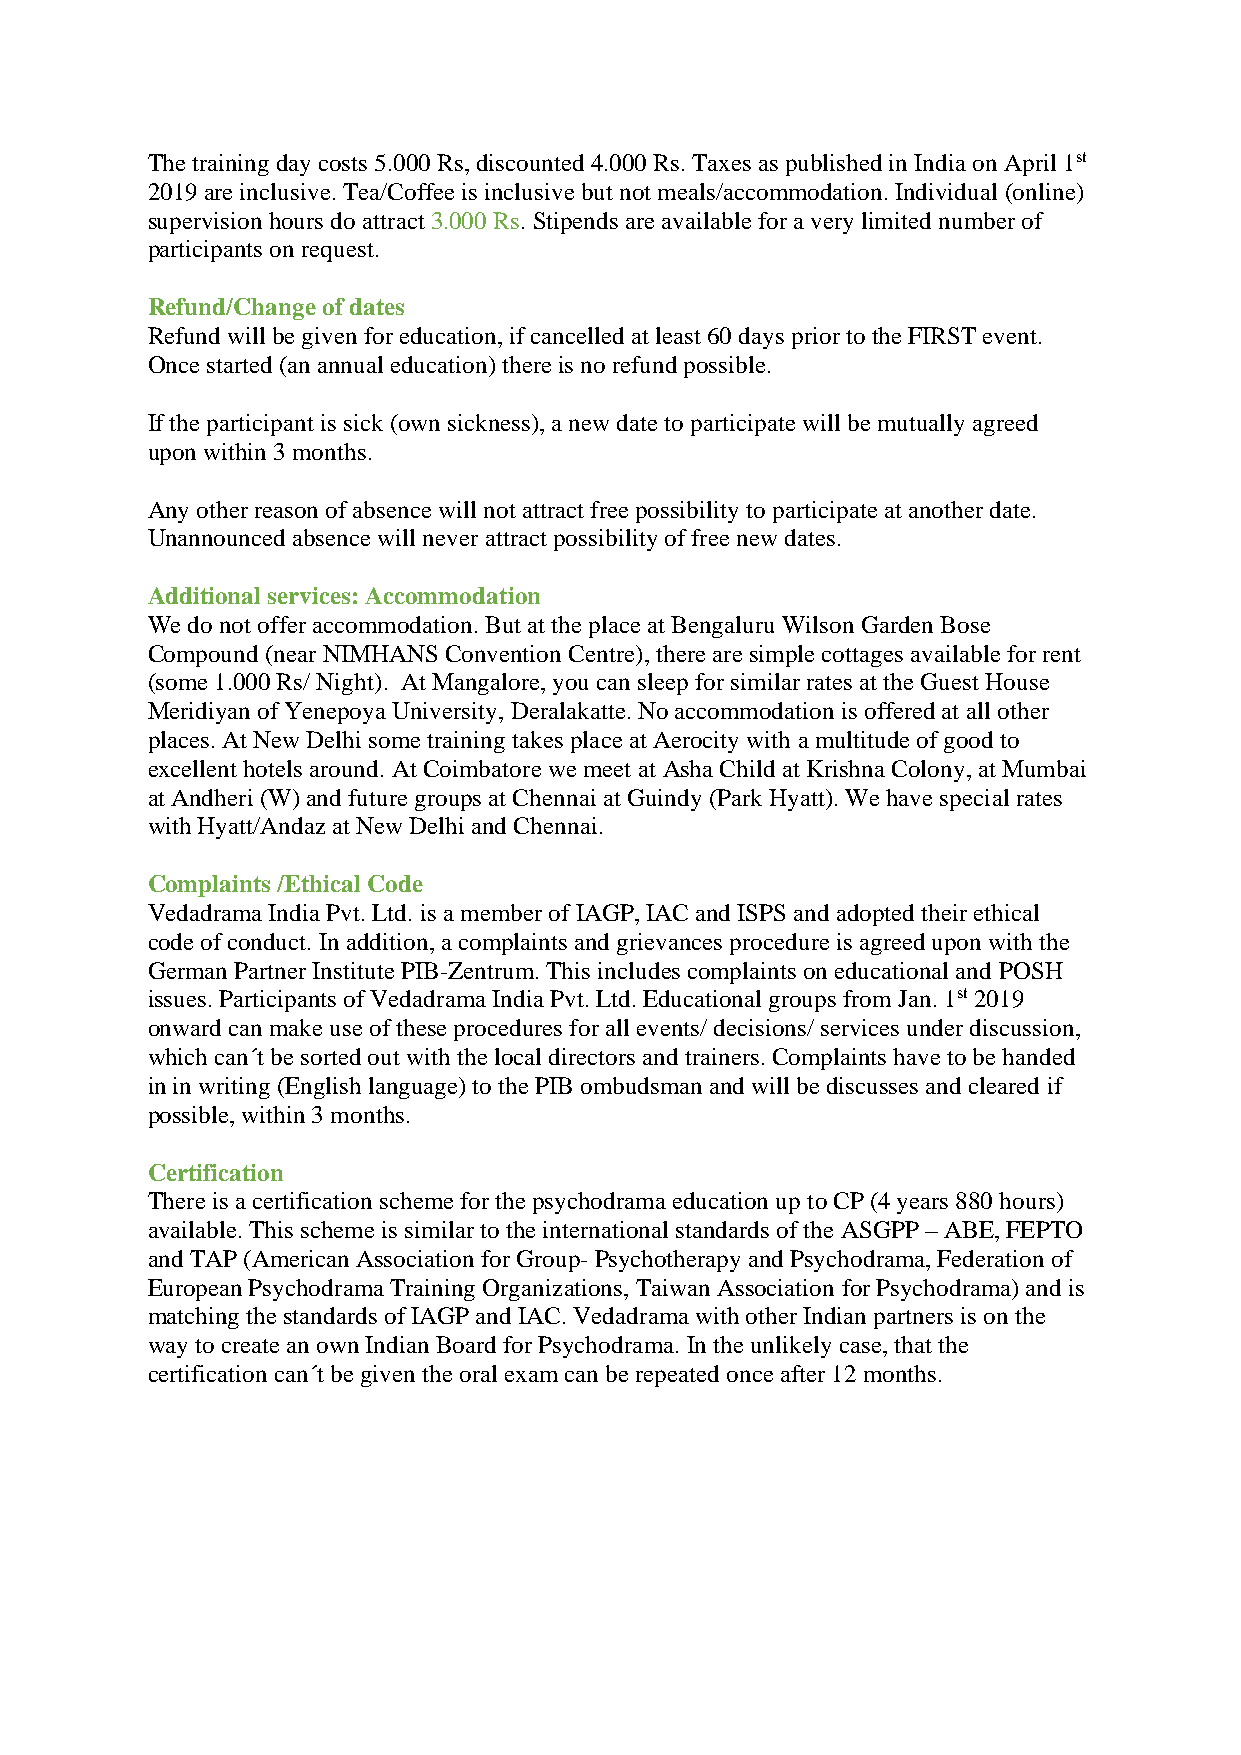
The training day costs 5.000 Rs, discounted 4.000 Rs. Taxes as published in India on April 1st
 2019 are inclusive. Tea/Coffee is inclusive but not meals/accommodation. Individual (online)
 supervision hours do attract 3.000 Rs. Stipends are available for a very limited number of
 participants on request.
 Refund/Change of dates
 Refund will be given for education, if cancelled at least 60 days prior to the FIRST event.
 Once started (an annual education) there is no refund possible.
 If the participant is sick (own sickness), a new date to participate will be mutually agreed
 upon within 3 months.
 Any other reason of absence will not attract free possibility to participate at another date.
 Unannounced absence will never attract possibility of free new dates.
 Additional services: Accommodation
 We do not offer accommodation. But at the place at Bengaluru Wilson Garden Bose
 Compound (near NIMHANS Convention Centre), there are simple cottages available for rent
 (some 1.000 Rs/ Night). At Mangalore, you can sleep for similar rates at the Guest House
 Meridiyan of Yenepoya University, Deralakatte. No accommodation is offered at all other
 places. At New Delhi some training takes place at Aerocity with a multitude of good to
 excellent hotels around. At Coimbatore we meet at Asha Child at Krishna Colony, at Mumbai
 at Andheri (W) and future groups at Chennai at Guindy (Park Hyatt). We have special rates
 with Hyatt/Andaz at New Delhi and Chennai.
 Complaints /Ethical Code
 Vedadrama India Pvt. Ltd. is a member of IAGP, IAC and ISPS and adopted their ethical
 code of conduct. In addition, a complaints and grievances procedure is agreed upon with the
 German Partner Institute PIB-Zentrum. This includes complaints on educational and POSH
 issues. Participants of Vedadrama India Pvt. Ltd. Educational groups from Jan. 1st 2019
 onward can make use of these procedures for all events/ decisions/ services under discussion,
 which can´t be sorted out with the local directors and trainers. Complaints have to be handed
 in in writing (English language) to the PIB ombudsman and will be discusses and cleared if
 possible, within 3 months.
 Certification
 There is a certification scheme for the psychodrama education up to CP (4 years 880 hours)
 available. This scheme is similar to the international standards of the ASGPP – ABE, FEPTO
 and TAP (American Association for Group- Psychotherapy and Psychodrama, Federation of
 European Psychodrama Training Organizations, Taiwan Association for Psychodrama) and is
 matching the standards of IAGP and IAC. Vedadrama with other Indian partners is on the
 way to create an own Indian Board for Psychodrama. In the unlikely case, that the
 certification can´t be given the oral exam can be repeated once after 12 months.